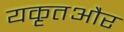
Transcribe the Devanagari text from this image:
यकृतऔर